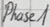
Text: Phase1